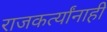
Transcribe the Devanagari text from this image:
राजकर्त्यांनाही